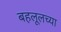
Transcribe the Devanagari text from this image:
बहलूलच्या